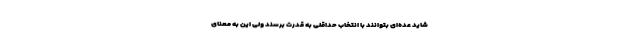
شاید عده‌ای بتوانند با انتخاب حداقلی به قدرت برسند ولی این به معنای